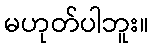
မဟုတ်ပါဘူး။